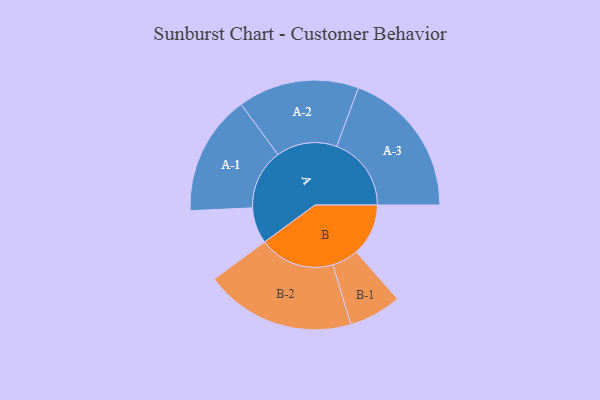
{"axis": {"x": "Segment", "y": "Value"}, "legend": ["", "A", "B"], "data": [{"x": "A", "y": 141, "type": ""}, {"x": "B", "y": 204, "type": ""}, {"x": "A-1", "y": 236, "type": "A"}, {"x": "A-2", "y": 237, "type": "A"}, {"x": "A-3", "y": 292, "type": "A"}, {"x": "B-1", "y": 103, "type": "B"}, {"x": "B-2", "y": 295, "type": "B"}]}